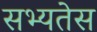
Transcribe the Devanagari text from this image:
सभ्यतेस